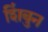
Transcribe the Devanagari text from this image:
शिंबुन